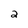
Character: 2